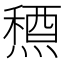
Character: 𥡤